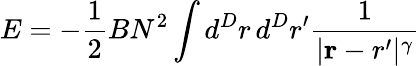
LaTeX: E=-{\frac{1}{2}}BN^{2}\int d^{D}r\, d^{D}r^{\prime}{\frac{1}{|{\mathbf r-r^{\prime}}|^{\gamma}}}